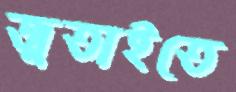
জুতাইতে